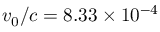
v _ { 0 } / c = 8 . 3 3 \times 1 0 ^ { - 4 }